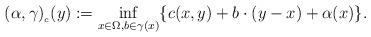
LaTeX: \begin{align*}(\alpha, \gamma)_{_{c}} (y) :=\inf_{x\in \Omega, b \in \gamma (x) } \{ c(x, y) + b \cdot (y-x) + \alpha (x)\}. \end{align*}